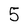
Character: 5